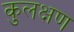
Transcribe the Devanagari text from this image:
कुलक्षण